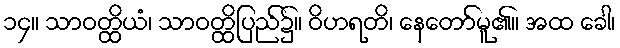
၁၄။ သာဝတ္ထိယံ၊ သာဝတ္ထိပြည်၌။ ဝိဟရတိ၊ နေတော်မူ၏။ အထ ခေါ၊